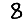
Digit: 8